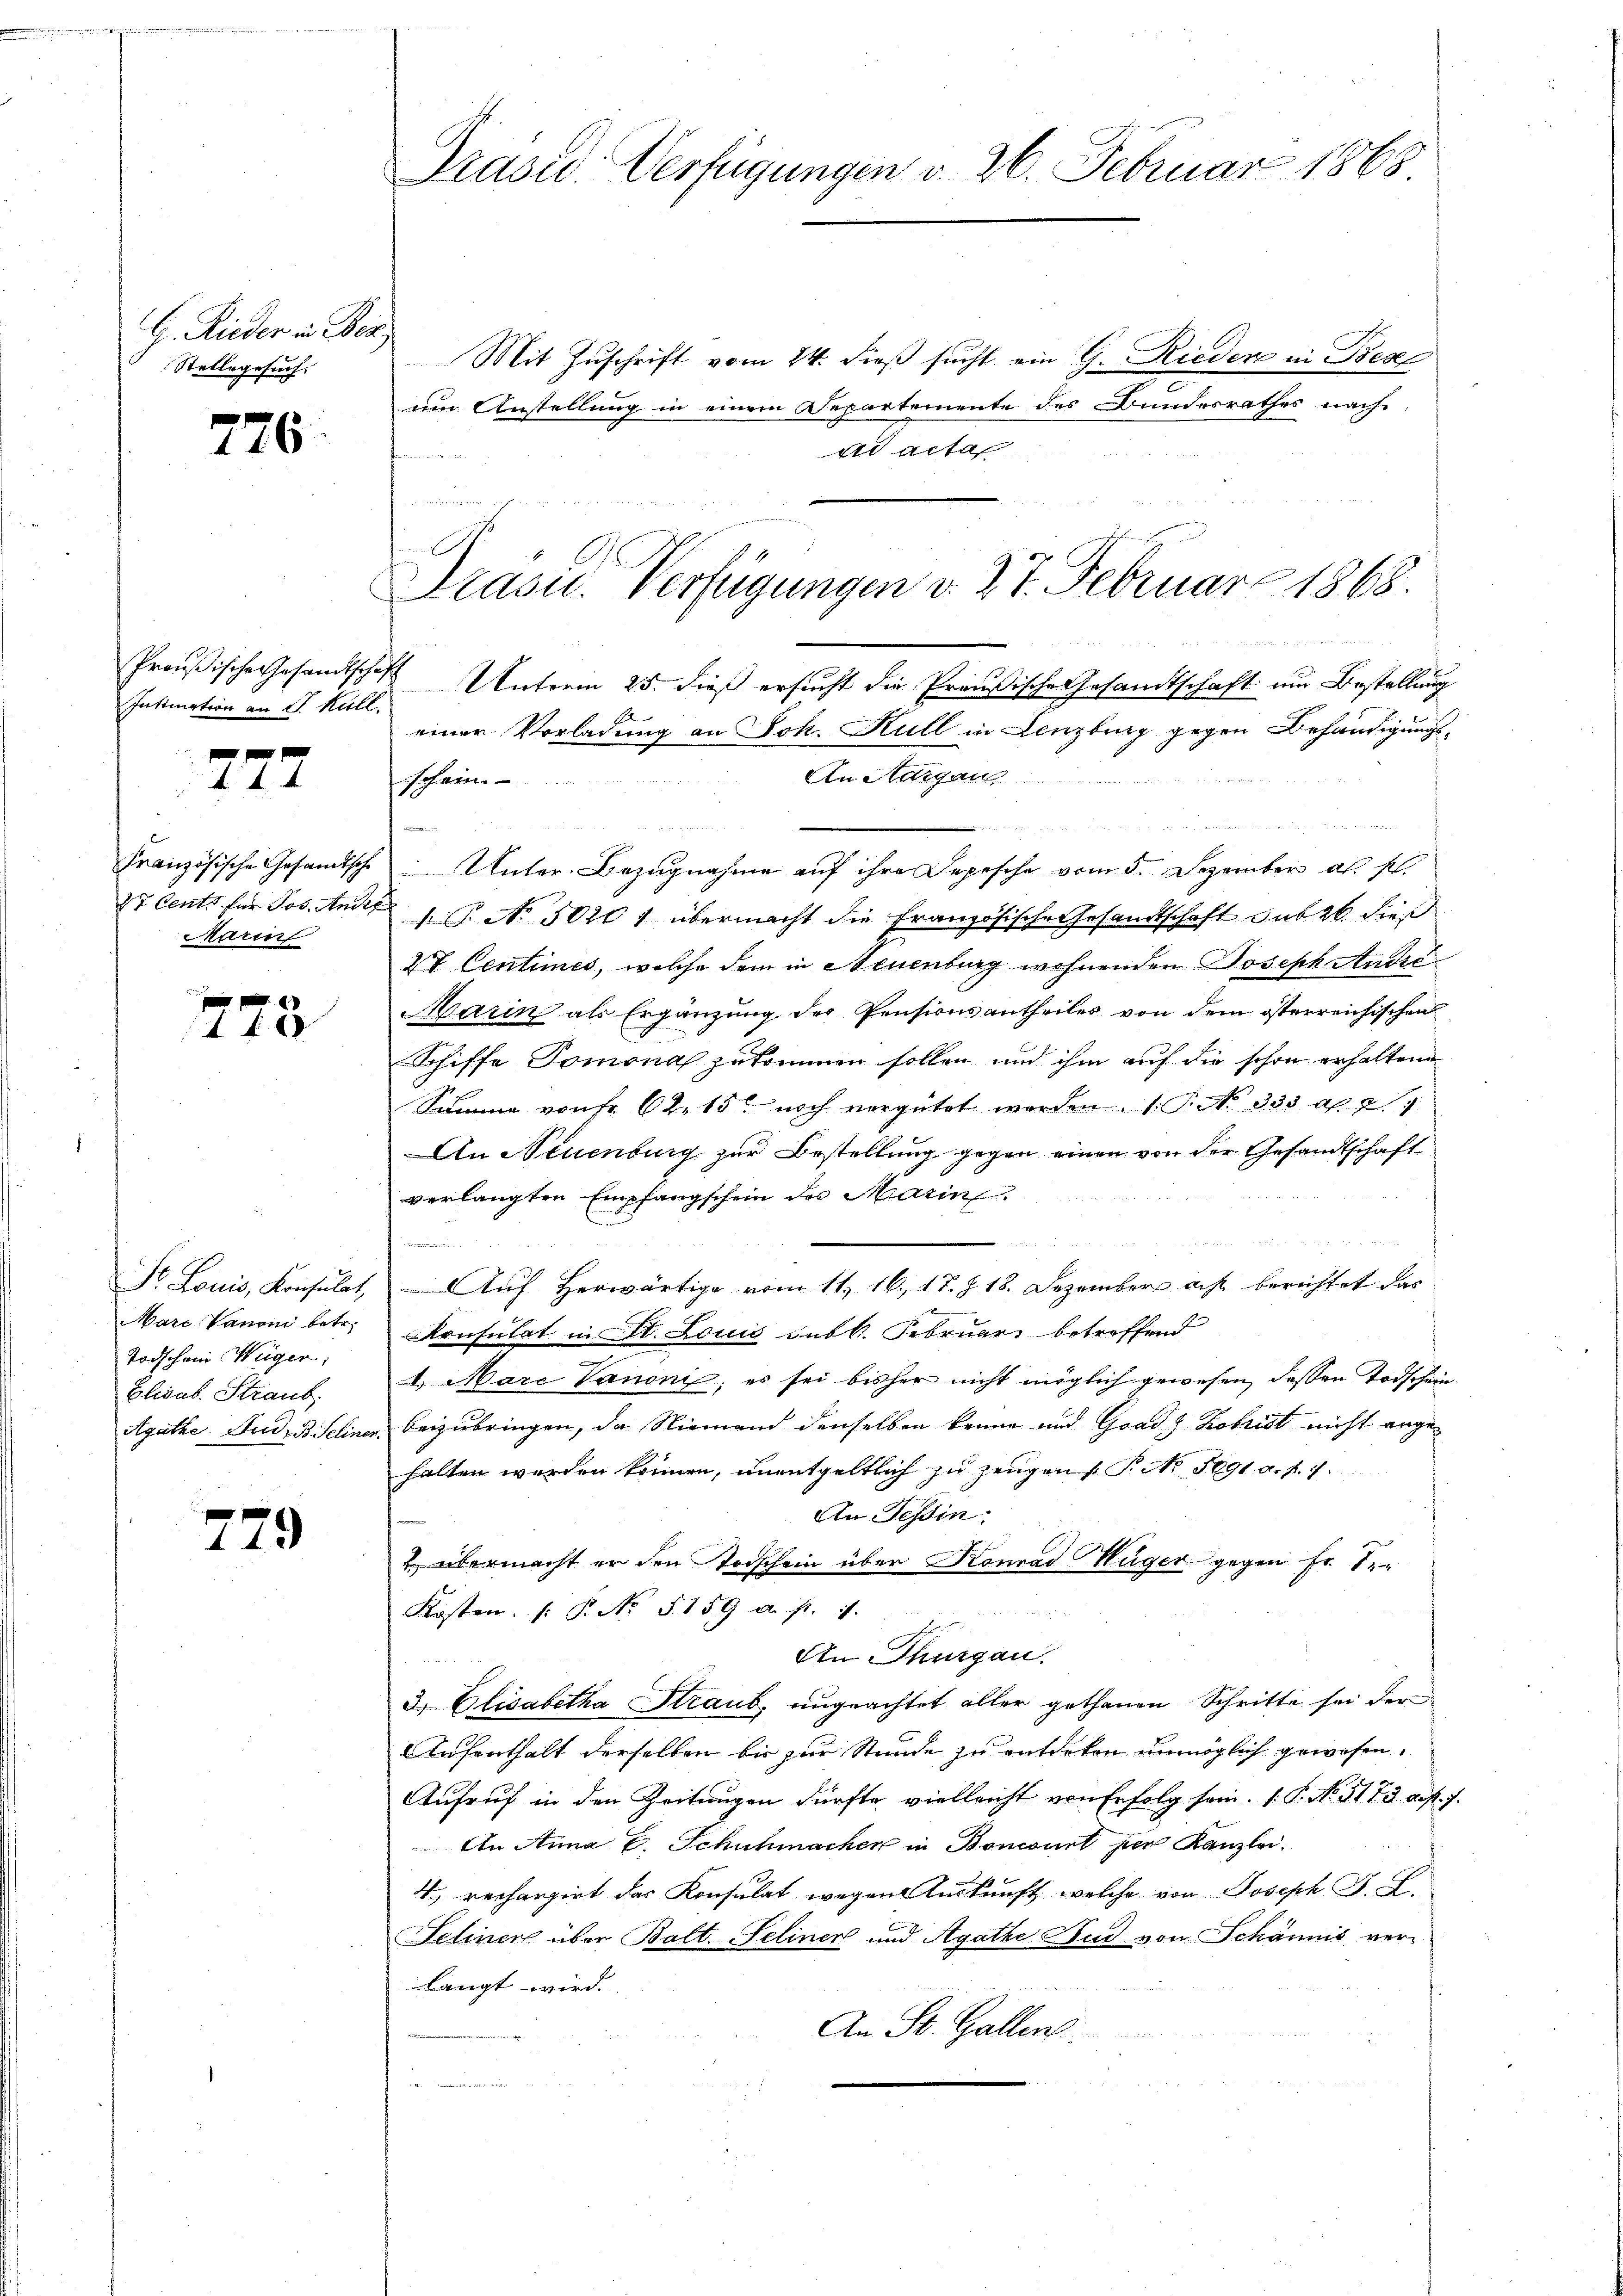
G. Rieder in Bez
Stellegesuch.

726

Intimation an Sr. Kell

777

Französische Gesandtsche
87 Cents für Jos. Ant
Marin

x
4f

Dr. Louis, Konsulat
Marc Panoni betr.
Todschani Weger,
Elisab. Staub
Agathe. Fud. B. Seliner

779

Präsid. Verfügungen d. 26. Februar 1868.

Mit Zuschrift vom 24. dieß sucht. ein G. Rieder in Bes
um Anstellung in einem Departemente des Bundesrathes nach
t Acte
 40 x

n

.
Unter Bezugnahme auf ihre Depesche vom 5. Dezember als s
G. No. 5020 1 übermacht die Französische Gesandtschaft sub 26 dieß
2t Centimes, welche dem in Neuenburg wohnenden Joseph Andre
Marin als Ergänzung des Pensionsantheiles von dem österreichischen
Schiffe Tomona zukommen sollen und ihm auf die schon erhalten
Summe von Fr. 62. 15. noch vergütet werden 1. P. No. 333 Al. 24
An Neuenburg zur Bestellung gegen einen von der Gesandtschaft
verlangten Empfangschein des Marin
Auf Herwärtige vom 11. 16. 17. J. 18. Dezember aus berichtet das
Konsulat in II. Louis subt. Februar betreffend
1. Mare Vauoni, es sei bisher nicht möglich gewesen, dessen Todschein.
beizubringen, da Niemand denselben kenne und Grad Kobrist nicht angehalten werden können, unentgeltlich zu zeugen   P. No 1091. a. f. 7.
An Tessin:
&. übermacht er den Todschein über Konrad Hüger gegen Fr. 1.
Kosten. /: P. Nr. S. 159 a. p. 1.
An Thurgau.
3.) Elisabetha Straub, ungeachtet aller gethanen Schritte sei der
Aufenthalt derselben bis zur Stunde zu entdeken unmöglich gewesen.
Aufruf in den Zeitungen dürfte vielleicht von Erfolg sein. ( P. No. 51. 73. a. f. 7.
An Anna C. Schuhmacher in Bonconst per Kanzlei.
4., rechargirt das Konsulat wegen Auskunft, welche von Joseph J. L.
Fetinen über Balt. Seliner und Agathe Bud von Schännis verlangt wird.
An St. Gallen.

2
Trasu. Verfügungen d. 27. Februar 1868.

Preußische Gesandtschaft Unterm 25. dieß ersucht die Preußische Gesandtschaft um Bestellung
einer Vorladung an Joh. Kull in Lenzburg gegen Behändigungs¬
An Margau
Johann